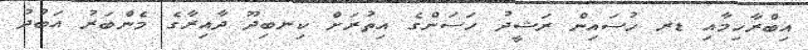
އިބްރާހިމާއި ޑރ ހުސައިން ރަޝީދު ހަސަންގެ އިތުރަށް ކިނބިދޫ ދާއިރާގެ މެންބަރު އަބުދު